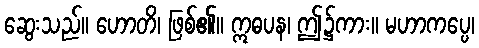
ဆွေးသည်။ ဟောတိ၊ ဖြစ်၏။ ဣဓပန၊ ဤ၌ကား။ မဟာကပ္ပေ၊